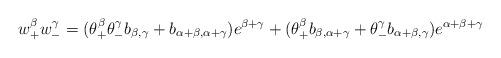
LaTeX: \begin{align*}w^\beta_+ w^\gamma_- = (\theta^\beta_+ \theta^\gamma_- b_{\beta,\gamma} + b_{\alpha+\beta, \alpha+\gamma})e^{\beta+\gamma} + (\theta^\beta_+ b_{\beta, \alpha + \gamma} + \theta^\gamma_- b_{\alpha+\beta, \gamma})e^{\alpha+\beta+\gamma}\end{align*}